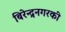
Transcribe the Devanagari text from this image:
बिरेन्द्रनगरकी